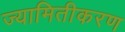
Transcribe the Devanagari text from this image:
ज्यामितीकरण